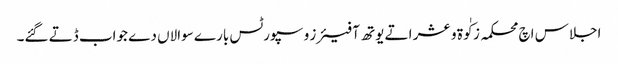
اجلاس اچ محکمہ زکٰوة و عشر اتے یوتھ آفیئرز و سپورٹس بارے سوالاں دے جواب ڈتے گئے۔